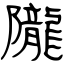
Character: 隴